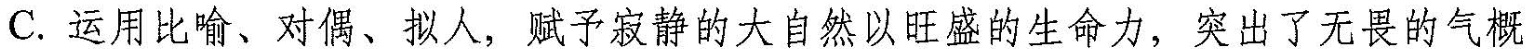
C.运用比喻、对偶、拟人，赋予寂静的大自然以旺盛的生命力，突出了无畏的气概